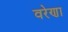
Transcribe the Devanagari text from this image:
वरेणा